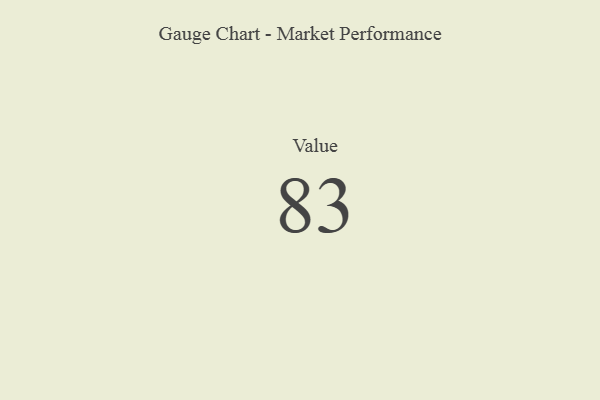
{"axis": {"x": "Metric", "y": "Value"}, "legend": [""], "data": [{"x": "Value", "y": 83, "type": ""}]}